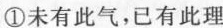
①未有此气，已有此理